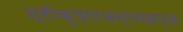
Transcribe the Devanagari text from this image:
श्रीकृष्णजन्मखण्ड